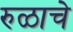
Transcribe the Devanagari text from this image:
रुळाचे